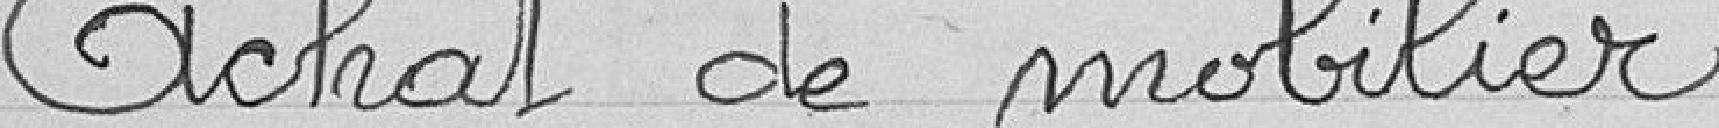
Achat de mobilier